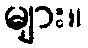
များ။